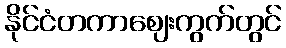
နိုင်ငံတကာဈေးကွက်တွင်